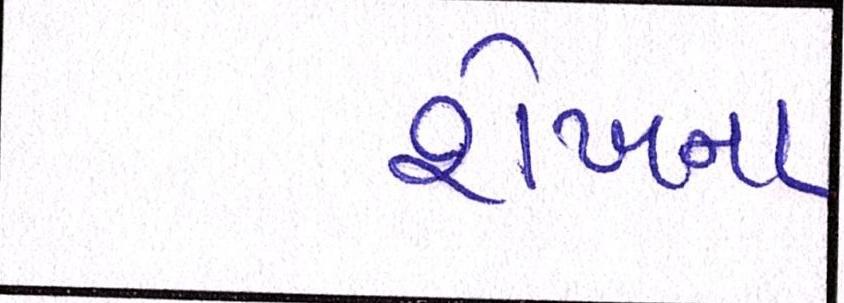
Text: શેખના